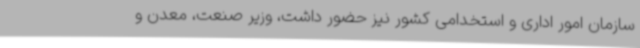
سازمان امور اداری و استخدامی کشور نیز حضور داشت، وزیر صنعت، معدن و